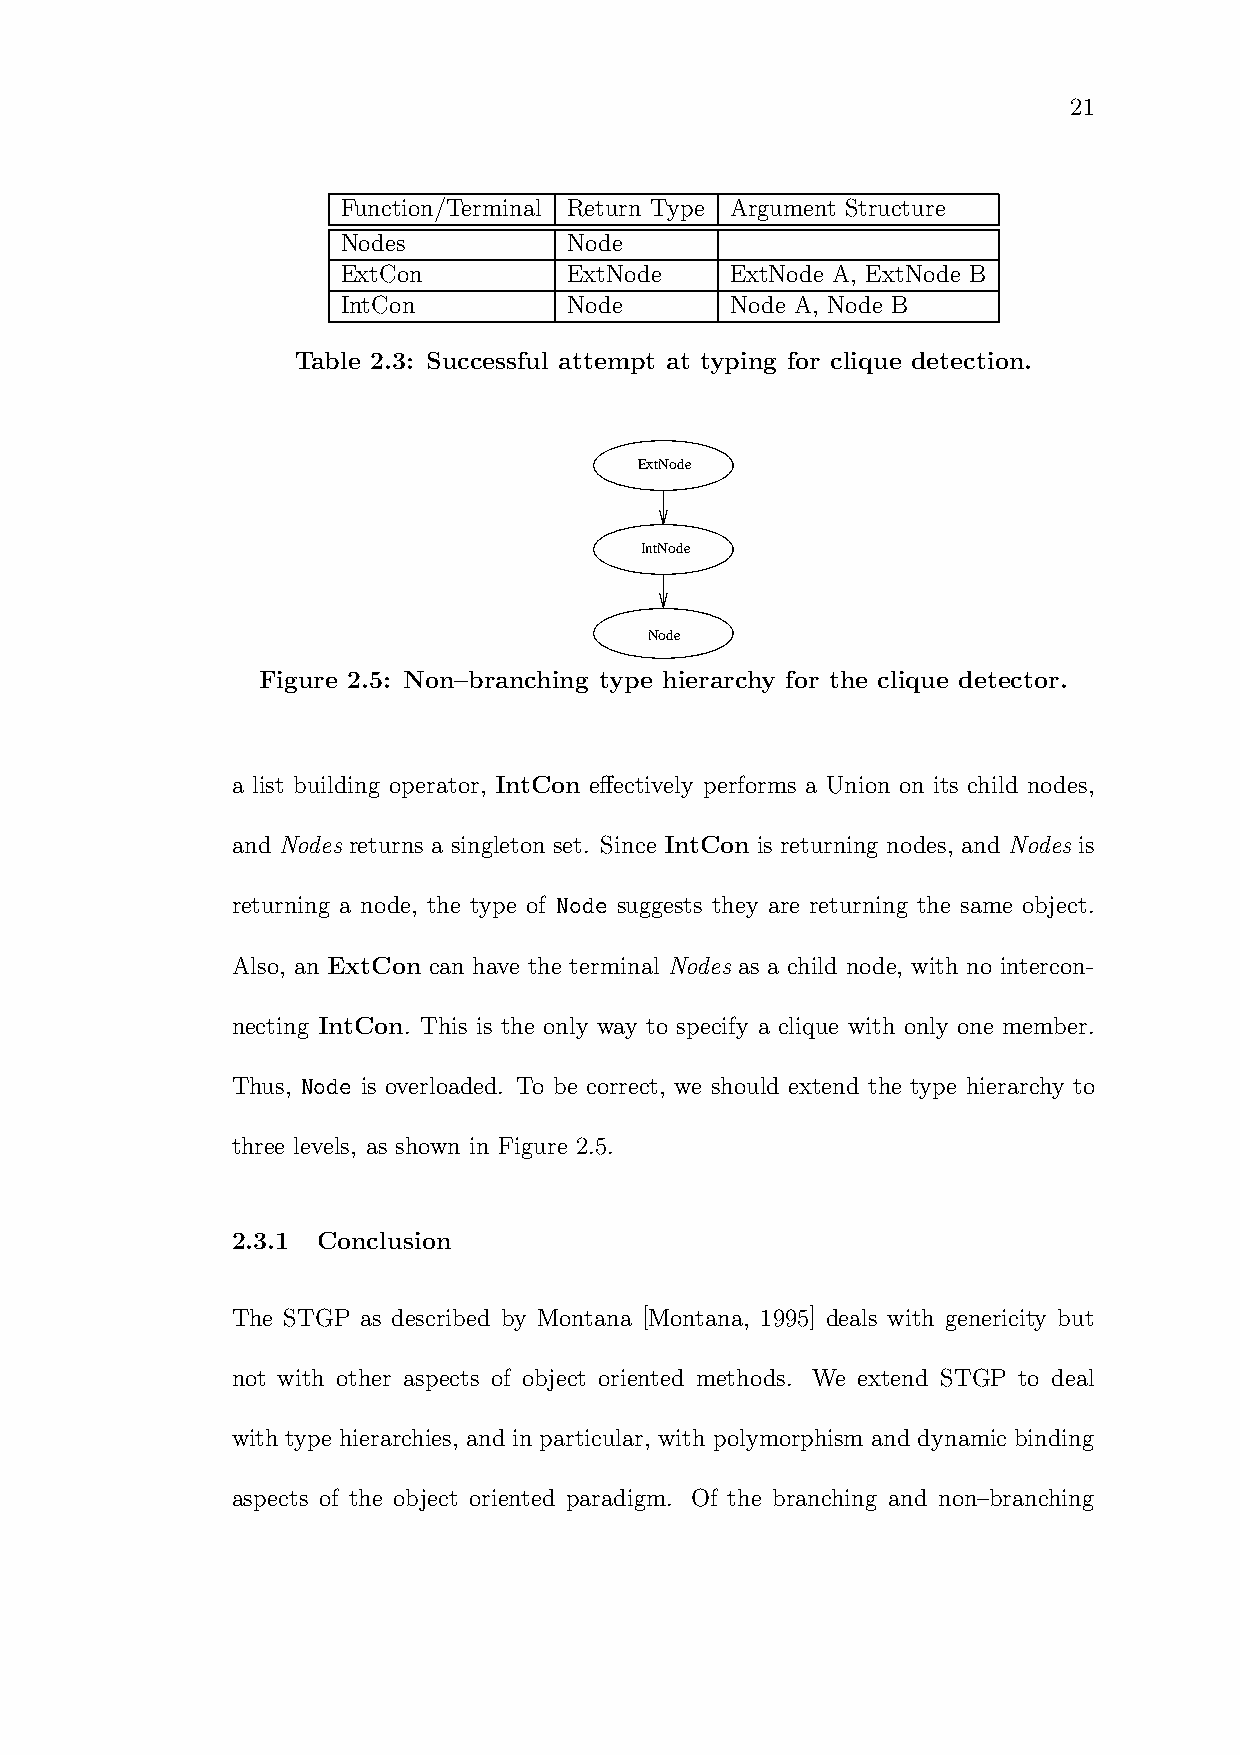
21
 Function/Terminal Return Type Argument Structure
 Nodes          Node
 ExtCon         ExtNode   ExtNode A, ExtNode B
 IntCon         Node      Node A, Node B
 Table 2.3: Successful attempt at typing for clique detection.
 ExtNode
 IntNode
 Node
 Figure 2.5: Non–branching type hierarchy for the clique detector.
 a list building operator, IntCon effectively performs a Union on its child nodes,
 and Nodes returns a singleton set. Since IntCon is returning nodes, and Nodes is
 returning a node, the type of Node suggests they are returning the same object.
 Also, an ExtCon can have the terminal Nodes as a child node, with no intercon-
 necting IntCon. This is the only way to specify a clique with only one member.
 Thus, Node is overloaded. To be correct, we should extend the type hierarchy to
 three levels, as shown in Figure 2.5.
 2.3.1 Conclusion
 The STGP as described by Montana [Montana, 1995] deals with genericity but
 not with other aspects of object oriented methods. We extend STGP to deal
 with type hierarchies, and in particular, with polymorphism and dynamic binding
 aspects of the object oriented paradigm. Of the branching and non–branching